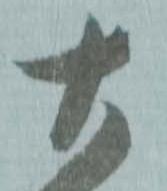
大